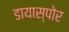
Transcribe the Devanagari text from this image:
डायास्पोर